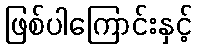
ဖြစ်ပါကြောင်းနှင့်